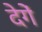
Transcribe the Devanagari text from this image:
देगेें